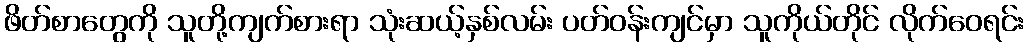
ဖိတ်စာတွေကို သူတို့ကျက်စားရာ သုံးဆယ့်နှစ်လမ်း ပတ်ဝန်းကျင်မှာ သူကိုယ်တိုင် လိုက်ဝေရင်း